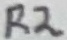
Text: R2